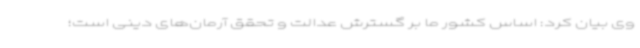
وی بیان کرد: اساس کشور ما بر گسترش عدالت و تحقق‌ آرمان‌های دینی است؛